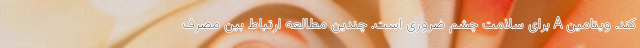
کند. ویتامین A برای سلامت چشم ضروری است. چندین مطالعه ارتباط بین مصرف